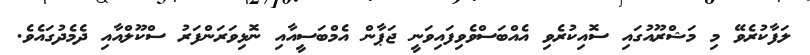
ލަފާކުރެވޭ މި މަޝްރޫއުގައި ސޮއިކުރެވި އެއްބަސްވެވިފައިވަނީ ޖަޕާން އެމްބަސީއާއި ނޮޅިވަރަންފަރު ސްކޫލްއާއި ދެމެދުގައެވެ.